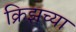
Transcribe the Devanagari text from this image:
क्रिझच्या